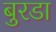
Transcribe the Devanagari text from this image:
बुरडा